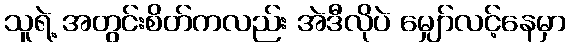
သူရဲ့ အတွင်းစိတ်ကလည်း အဲဒီလိုပဲ မျှော်လင့်နေမှာ